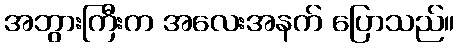
အဘွားကြီးက အလေးအနက် ပြောသည်။